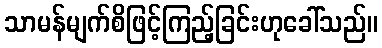
သာမန်မျက်စိဖြင့်ကြည့်ခြင်းဟုခေါ်သည်။